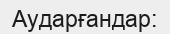
Аударғандар: